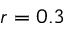
r = 0 . 3